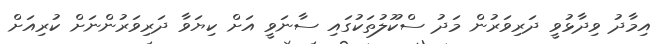
އިމާދު ވިދާޅުވީ ދަރިވަރުން މަދު ސްކޫލުތަކުގައި ސާނަވީ އަށް ކިޔަވާ ދަރިވަރުންނަށް ކުރިއަށް